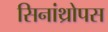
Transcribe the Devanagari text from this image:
सिनांथ्रोपस